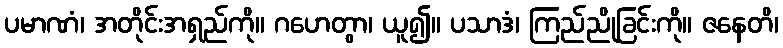
ပမာဏံ၊ အတိုင်းအရှည်ကို။ ဂဟေတွာ၊ ယူ၍။ ပသာဒံ၊ ကြည်ညိုခြင်းကို။ ဇနေတိ၊